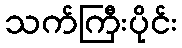
သက်ကြီးပိုင်း